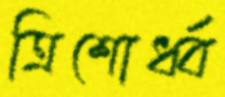
ত্রিশোর্ধ্ব